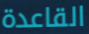
القاعدة